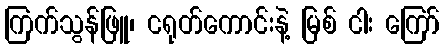
ကြက်သွန်ဖြူ၊ ငရုတ်ကောင်းနဲ့ မြစ် ငါး ကြော်